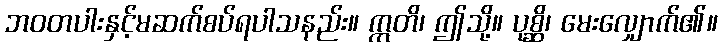
ဘဝတပါးနှင့်မဆက်စပ်ရပါသနည်း။ ဣတိ၊ ဤသို့။ ပုစ္ဆိ၊ မေးလျှောက်၏။